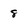
Character: 8